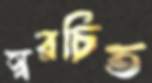
স্বরচিত